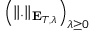
\left( \Vert . \Vert _ { \mathbf { E } _ { T , \lambda } } \right) _ { \lambda \geq 0 }